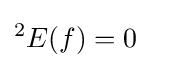
{}^{2}E(f)=0\quad